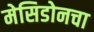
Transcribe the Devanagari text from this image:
मेसिडोनचा